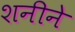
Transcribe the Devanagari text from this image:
शनीने